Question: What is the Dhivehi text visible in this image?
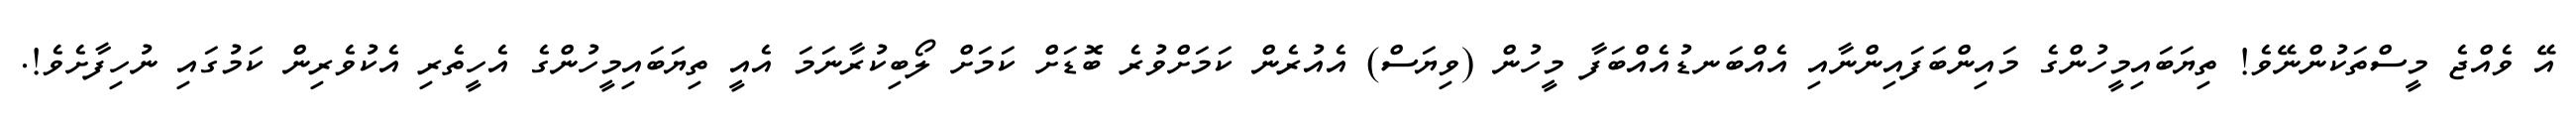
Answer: އޭ ވެއްޖެ މީސްތަކުންނޭވެ! ތިޔަބައިމީހުންގެ މައިންބަފައިންނާއި އެއްބަނޑުއެއްބަފާ މީހުން (ވިޔަސް) އެއުރެން ކަމަށްވުރެ ބޮޑަށް ކަމަށް ލޯބިކުރާނަމަ އެއީ ތިޔަބައިމީހުންގެ އެހީތެރި އެކުވެރިން ކަމުގައި ނުހިފާށެވެ!.